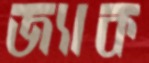
জ্যাক